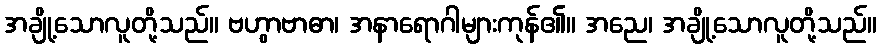
အချို့သောလူတို့သည်။ ဗဟွာဗာဓာ၊ အနာရောဂါများကုန်၏။ အညေ၊ အချို့သောလူတို့သည်။